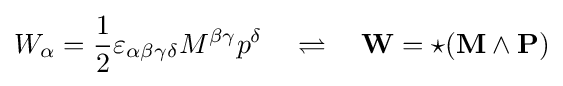
W_{\alpha }={\frac {1}{2}}\varepsilon _{\alpha \beta \gamma \delta }M^{\beta \gamma }p^{\delta }\quad \rightleftharpoons \quad \mathbf {W} =\star (\mathbf {M} \wedge \mathbf {P} )